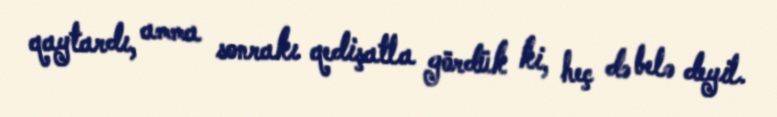
qaytardı, amma sonrakı qedişatla gördük ki, heç də belə deyil.